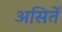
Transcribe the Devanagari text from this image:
असितें